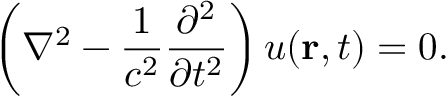
\left( \nabla ^ { 2 } - { \frac { 1 } { c ^ { 2 } } } { \frac { \partial ^ { 2 } } { \partial { t } ^ { 2 } } } \right) u ( \mathbf { r } , t ) = 0 .